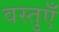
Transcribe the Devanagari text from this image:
वस्तुऍँ